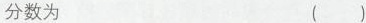
分数为 ( )